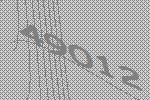
49012